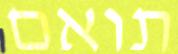
תואם